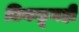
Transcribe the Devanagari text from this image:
तिकडूनही